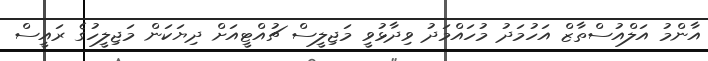
އާންމު އަލްއުސްތާޒް އަހުމަދު މުހައްމަދު ވިދާޅުވީ މަޖިލީސް ޗުއްޓީއަށް ދިޔަކަން މަޖިލީހުގެ ރައީސް